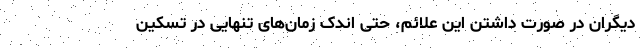
دیگران در صورت داشتن این علائم، حتی اندک زمان‌های تنهایی در تسکین